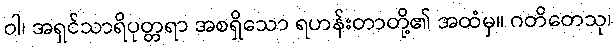
ဝါ၊ အရှင်သာရိပုတ္တရာ အစရှိသော ရဟန်းတာတို့၏ အထံမှ။ ဂတိတေသု၊